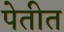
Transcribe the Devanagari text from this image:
पेतीत